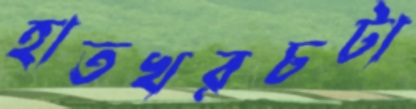
হাতখরচটা